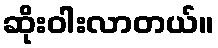
ဆိုးဝါးလာတယ်။